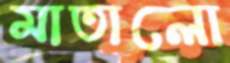
মাতালো